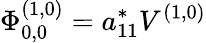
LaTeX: \Phi_{0,0}^{(1,0)}=a_{11}^{*}V^{(1,0)}